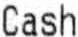
CASH